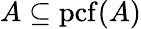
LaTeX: A\subseteq\mathrm{{pcf}}(A)